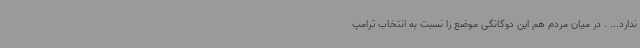
ندارد... . در میان مردم هم این دوگانگی موضع را نسبت به انتخاب ترامپ